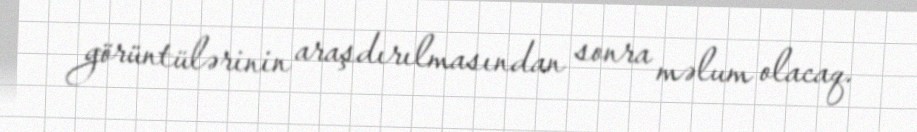
görüntülərinin araşdırılmasından sonra məlum olacaq.